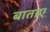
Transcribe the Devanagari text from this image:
बाताए